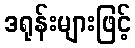
ဒရုန်းများဖြင့်